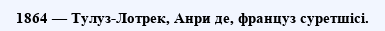
1864 — Тулуз-Лотрек, Анри де, француз суретшісі.